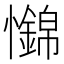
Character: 𢥅